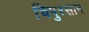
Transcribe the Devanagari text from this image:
चिपुरसान